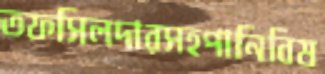
তফসিলদারসহপানিবিষ